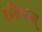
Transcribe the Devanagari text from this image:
रशिफल्